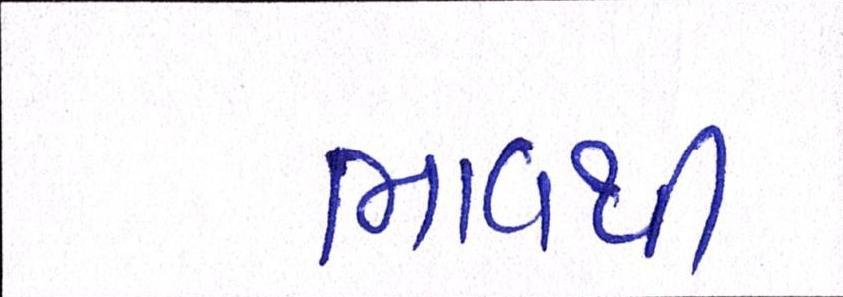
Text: ભાવથી